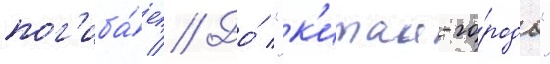
пог'иба́ет // До́ "к'итаи-го́рода"